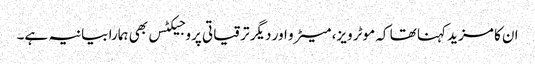
ان کا مزید کہنا تھا کہ موٹر ویز، میٹرو اور دیگر ترقیاتی پروجیکٹس بھی ہمارا بیانیہ ہے۔